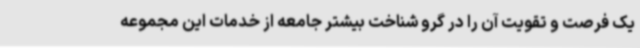
یک فرصت و تقویت آن را در گرو شناخت بیشتر جامعه از خدمات این مجموعه